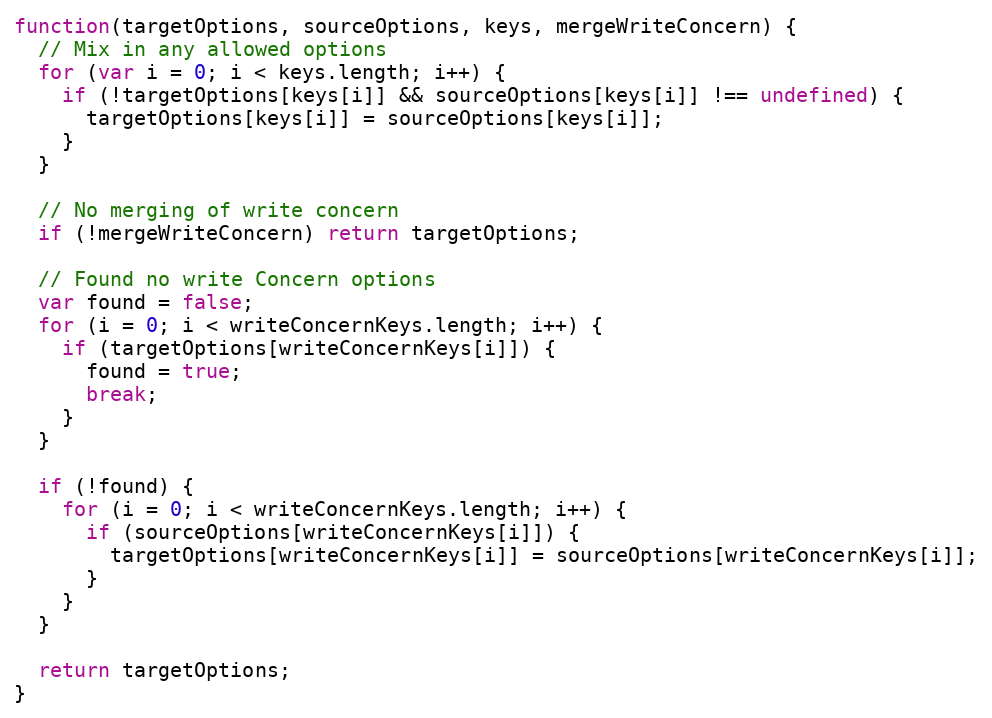
Language: JavaScript
function(targetOptions, sourceOptions, keys, mergeWriteConcern) {
  // Mix in any allowed options
  for (var i = 0; i < keys.length; i++) {
    if (!targetOptions[keys[i]] && sourceOptions[keys[i]] !== undefined) {
      targetOptions[keys[i]] = sourceOptions[keys[i]];
    }
  }

  // No merging of write concern
  if (!mergeWriteConcern) return targetOptions;

  // Found no write Concern options
  var found = false;
  for (i = 0; i < writeConcernKeys.length; i++) {
    if (targetOptions[writeConcernKeys[i]]) {
      found = true;
      break;
    }
  }

  if (!found) {
    for (i = 0; i < writeConcernKeys.length; i++) {
      if (sourceOptions[writeConcernKeys[i]]) {
        targetOptions[writeConcernKeys[i]] = sourceOptions[writeConcernKeys[i]];
      }
    }
  }

  return targetOptions;
}